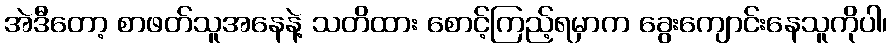
အဲဒီတော့ စာဖတ်သူအနေနဲ့ သတိထား စောင့်ကြည့်ရမှာက ခွေးကျောင်းနေသူကိုပါ၊